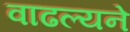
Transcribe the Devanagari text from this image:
वाढल्यने